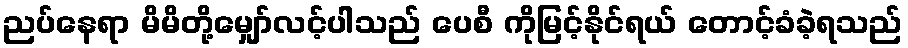
ညပ်နေရာ မိမိတို့မျှော်လင့်ပါသည် ပေစီ ကိုမြင့်နိုင်ရယ် တောင့်ခံခဲ့ရသည်